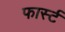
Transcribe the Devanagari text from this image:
फार्स्ट